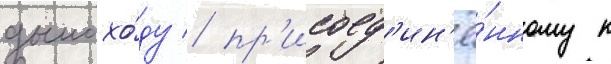
дымохо́ду / пр'исоед'ин'ё́нному к